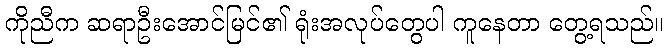
ကိုညီက ဆရာဦးအောင်မြင်၏ ရုံးအလုပ်တွေပါ ကူနေတာ တွေ့ရသည်။